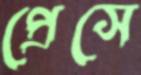
প্রেসে